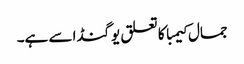
جمال کیمبا کا تعلق یوگنڈا سے ہے۔